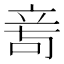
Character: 𥩭